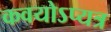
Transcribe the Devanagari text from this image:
कवयोऽप्यत्र